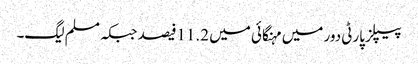
پیپلز پارٹی دور میں مہنگائی میں 11.2فیصد جبکہ مسلم لیگ۔